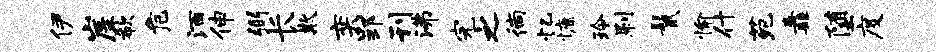
伊崖欷危酒伸弼长欺奕郢刊沸完之徜忆慷玲刷鬣愉什苑纛堕度